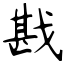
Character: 戡